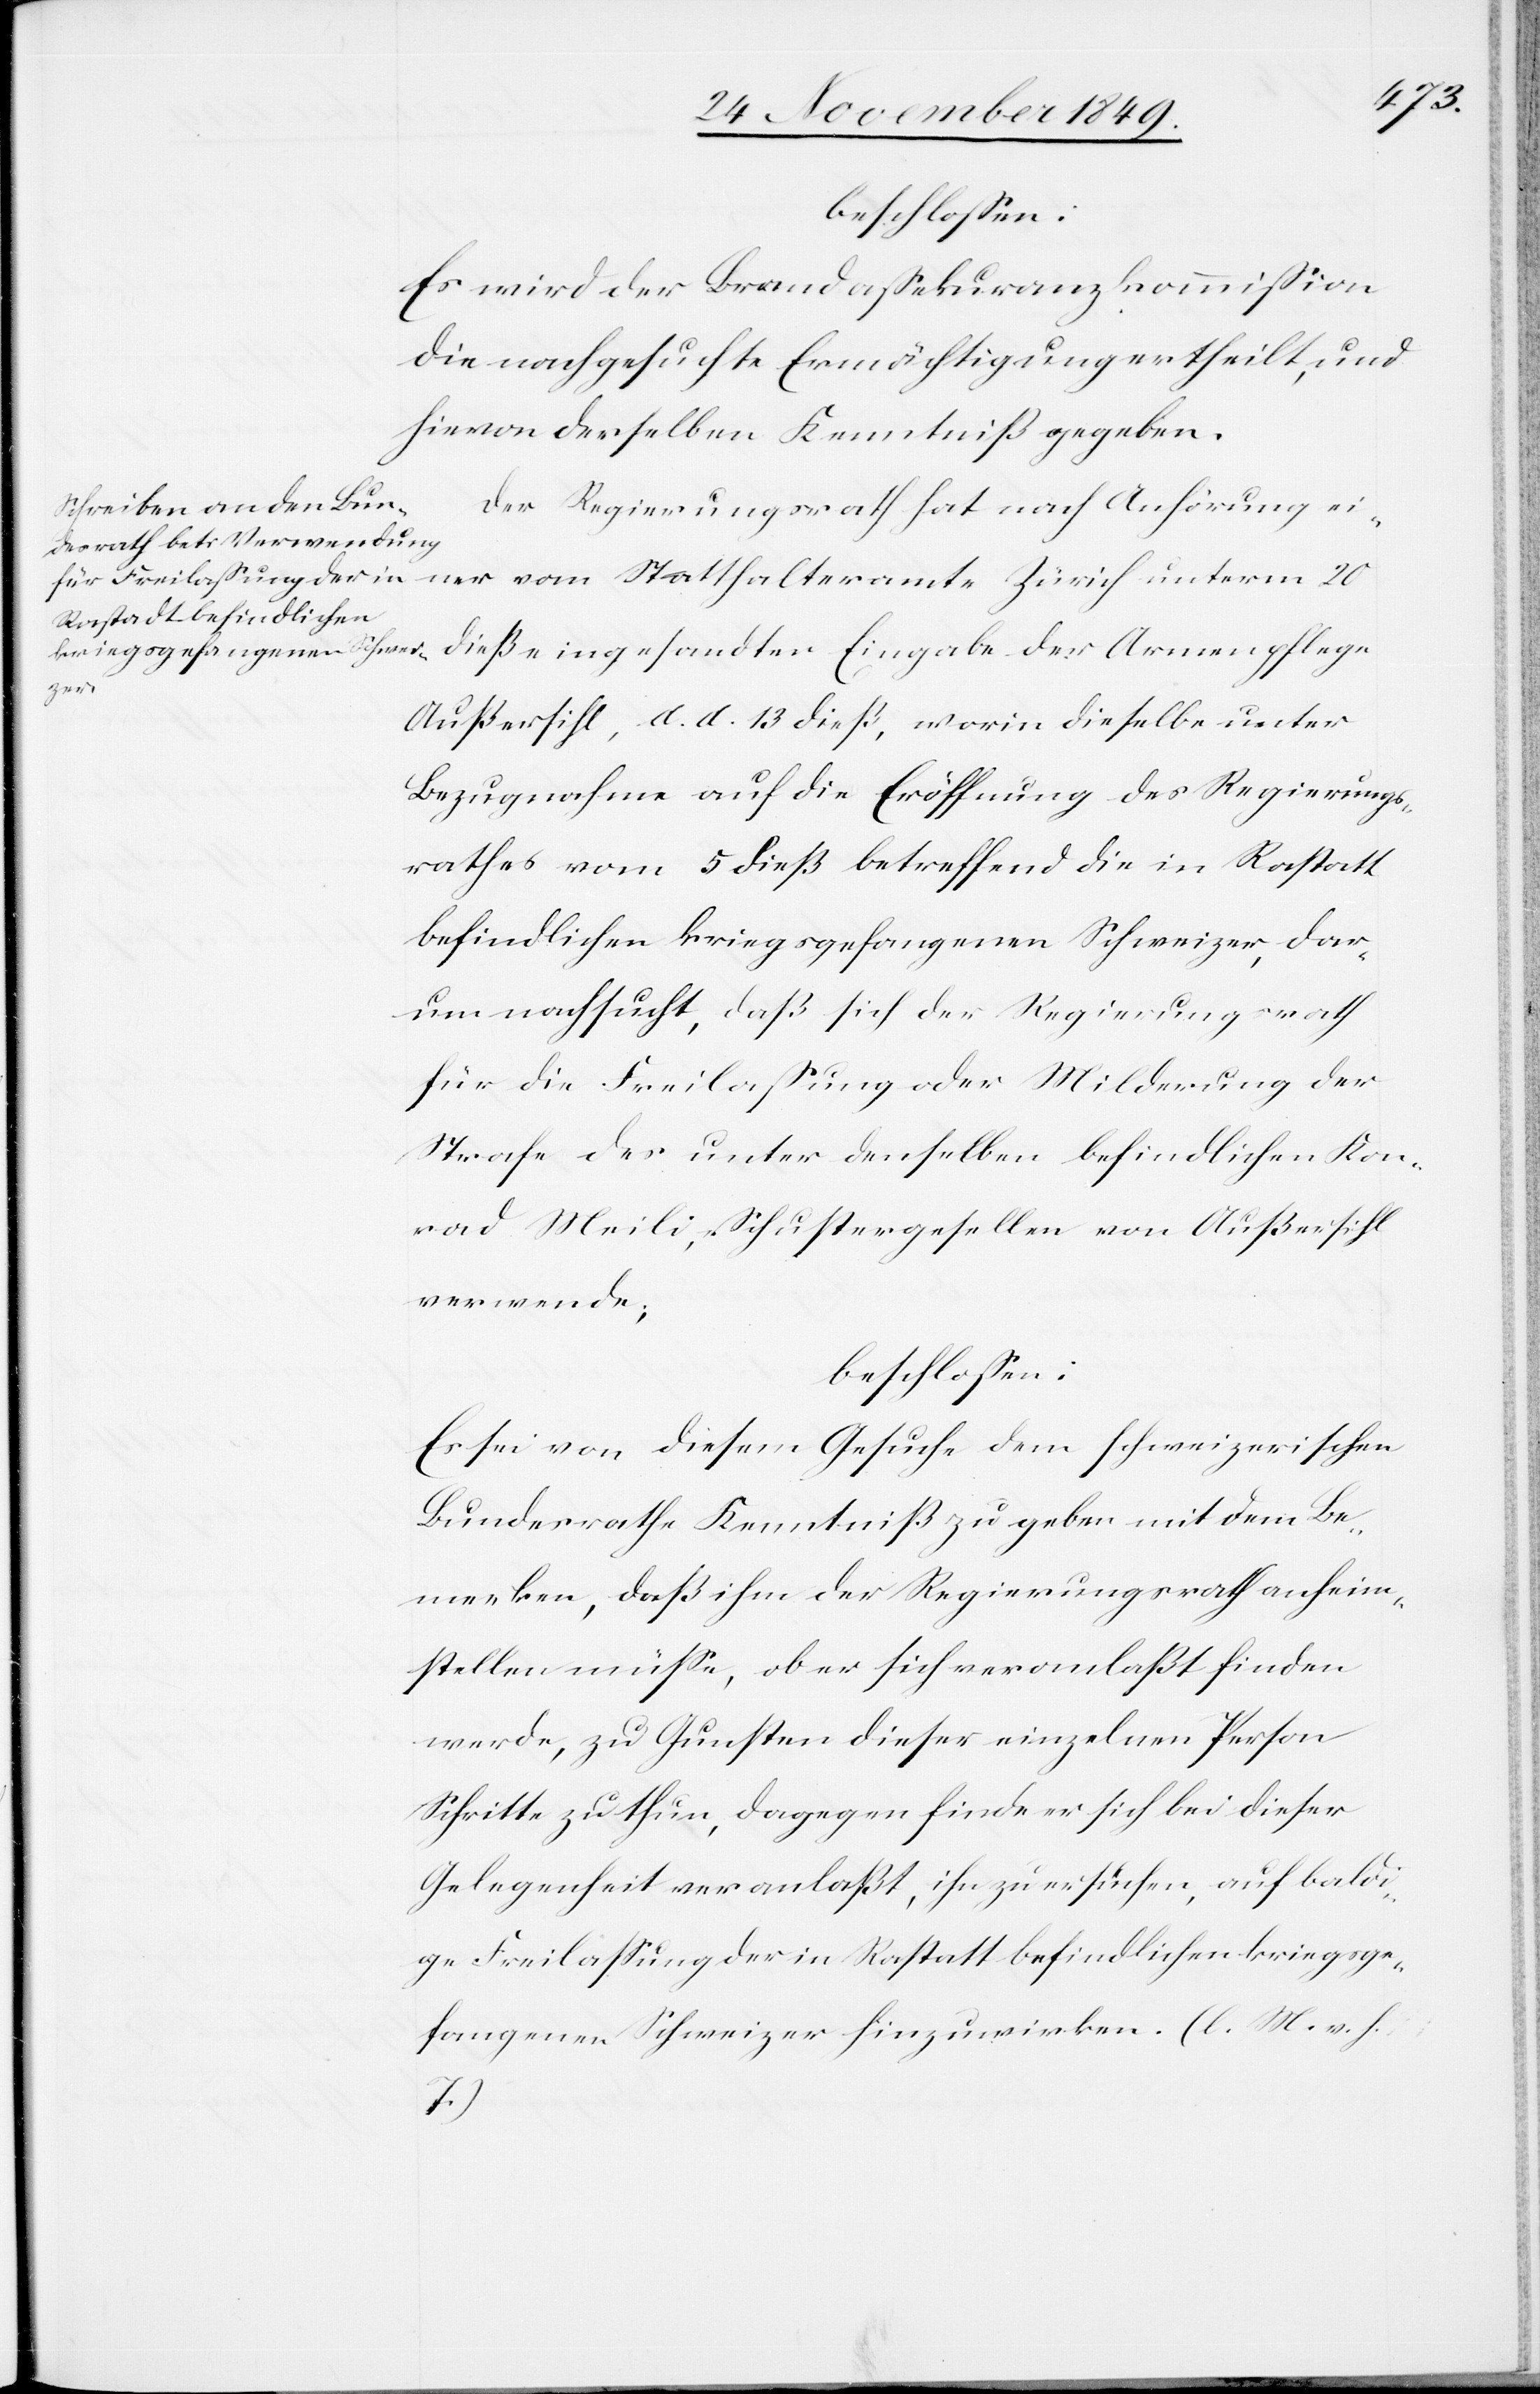
Es wird der Brandaßekuranzkommißion
die nachgesuchte Ermächtigung ertheilt, und
hievon derselben Kenntniß gegeben.
Der Regierungsrath hat nach Anhörung ei¬
ner vom Statthalteramte Zürich unterm 20
dieß eingesandten Eingabe der Armenpflege
Außersihl, d. d. 13 dieß, worin dieselbe unter
Bezugnahme auf die Eröffnung des Regierungs¬
rathes vom 5 dieß betreffend die in Rastatt
befindlichen kriegsgefangenen Schweizer, dar¬
um nachsucht, daß sich der Regierungsrath
für die Freilaßung oder Milderung der
Strafe des unter denselben befindlichen Kon¬
rad Meili, Schustergesellen von Außersihl
verwende;
beschloßen:
Es sei von diesem Gesuche dem schweizerischen
Bundesrathe Kenntniß zu geben mit dem Be¬
merken, daß ihm der Regierungsrath anheim¬
stellen müße, ob er sich veranlaßt finden
werde, zu Gunsten dieser einzelnen Person
Schritte zu thun, dagegen finde er sich bei dieser
Gelegenheit veranlaßt, ihn zu ersuchen, auf bald¬
ige Freilaßung der in Rastatt befindlichen kriegsge¬
fangenen Schweizer hinzuwirken. [l. M. v. h.
T]